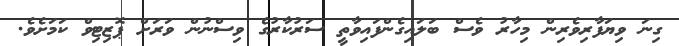
ގިނަ ވިޔަފާރިވެރިން މިހާރު ވެސް ބަލައިގެންފައިވާތީ ސަރުކާރުގެ ވިސްނުން ވަރަށް ޕޮޒިޓިވް ކަމަށެވެ.